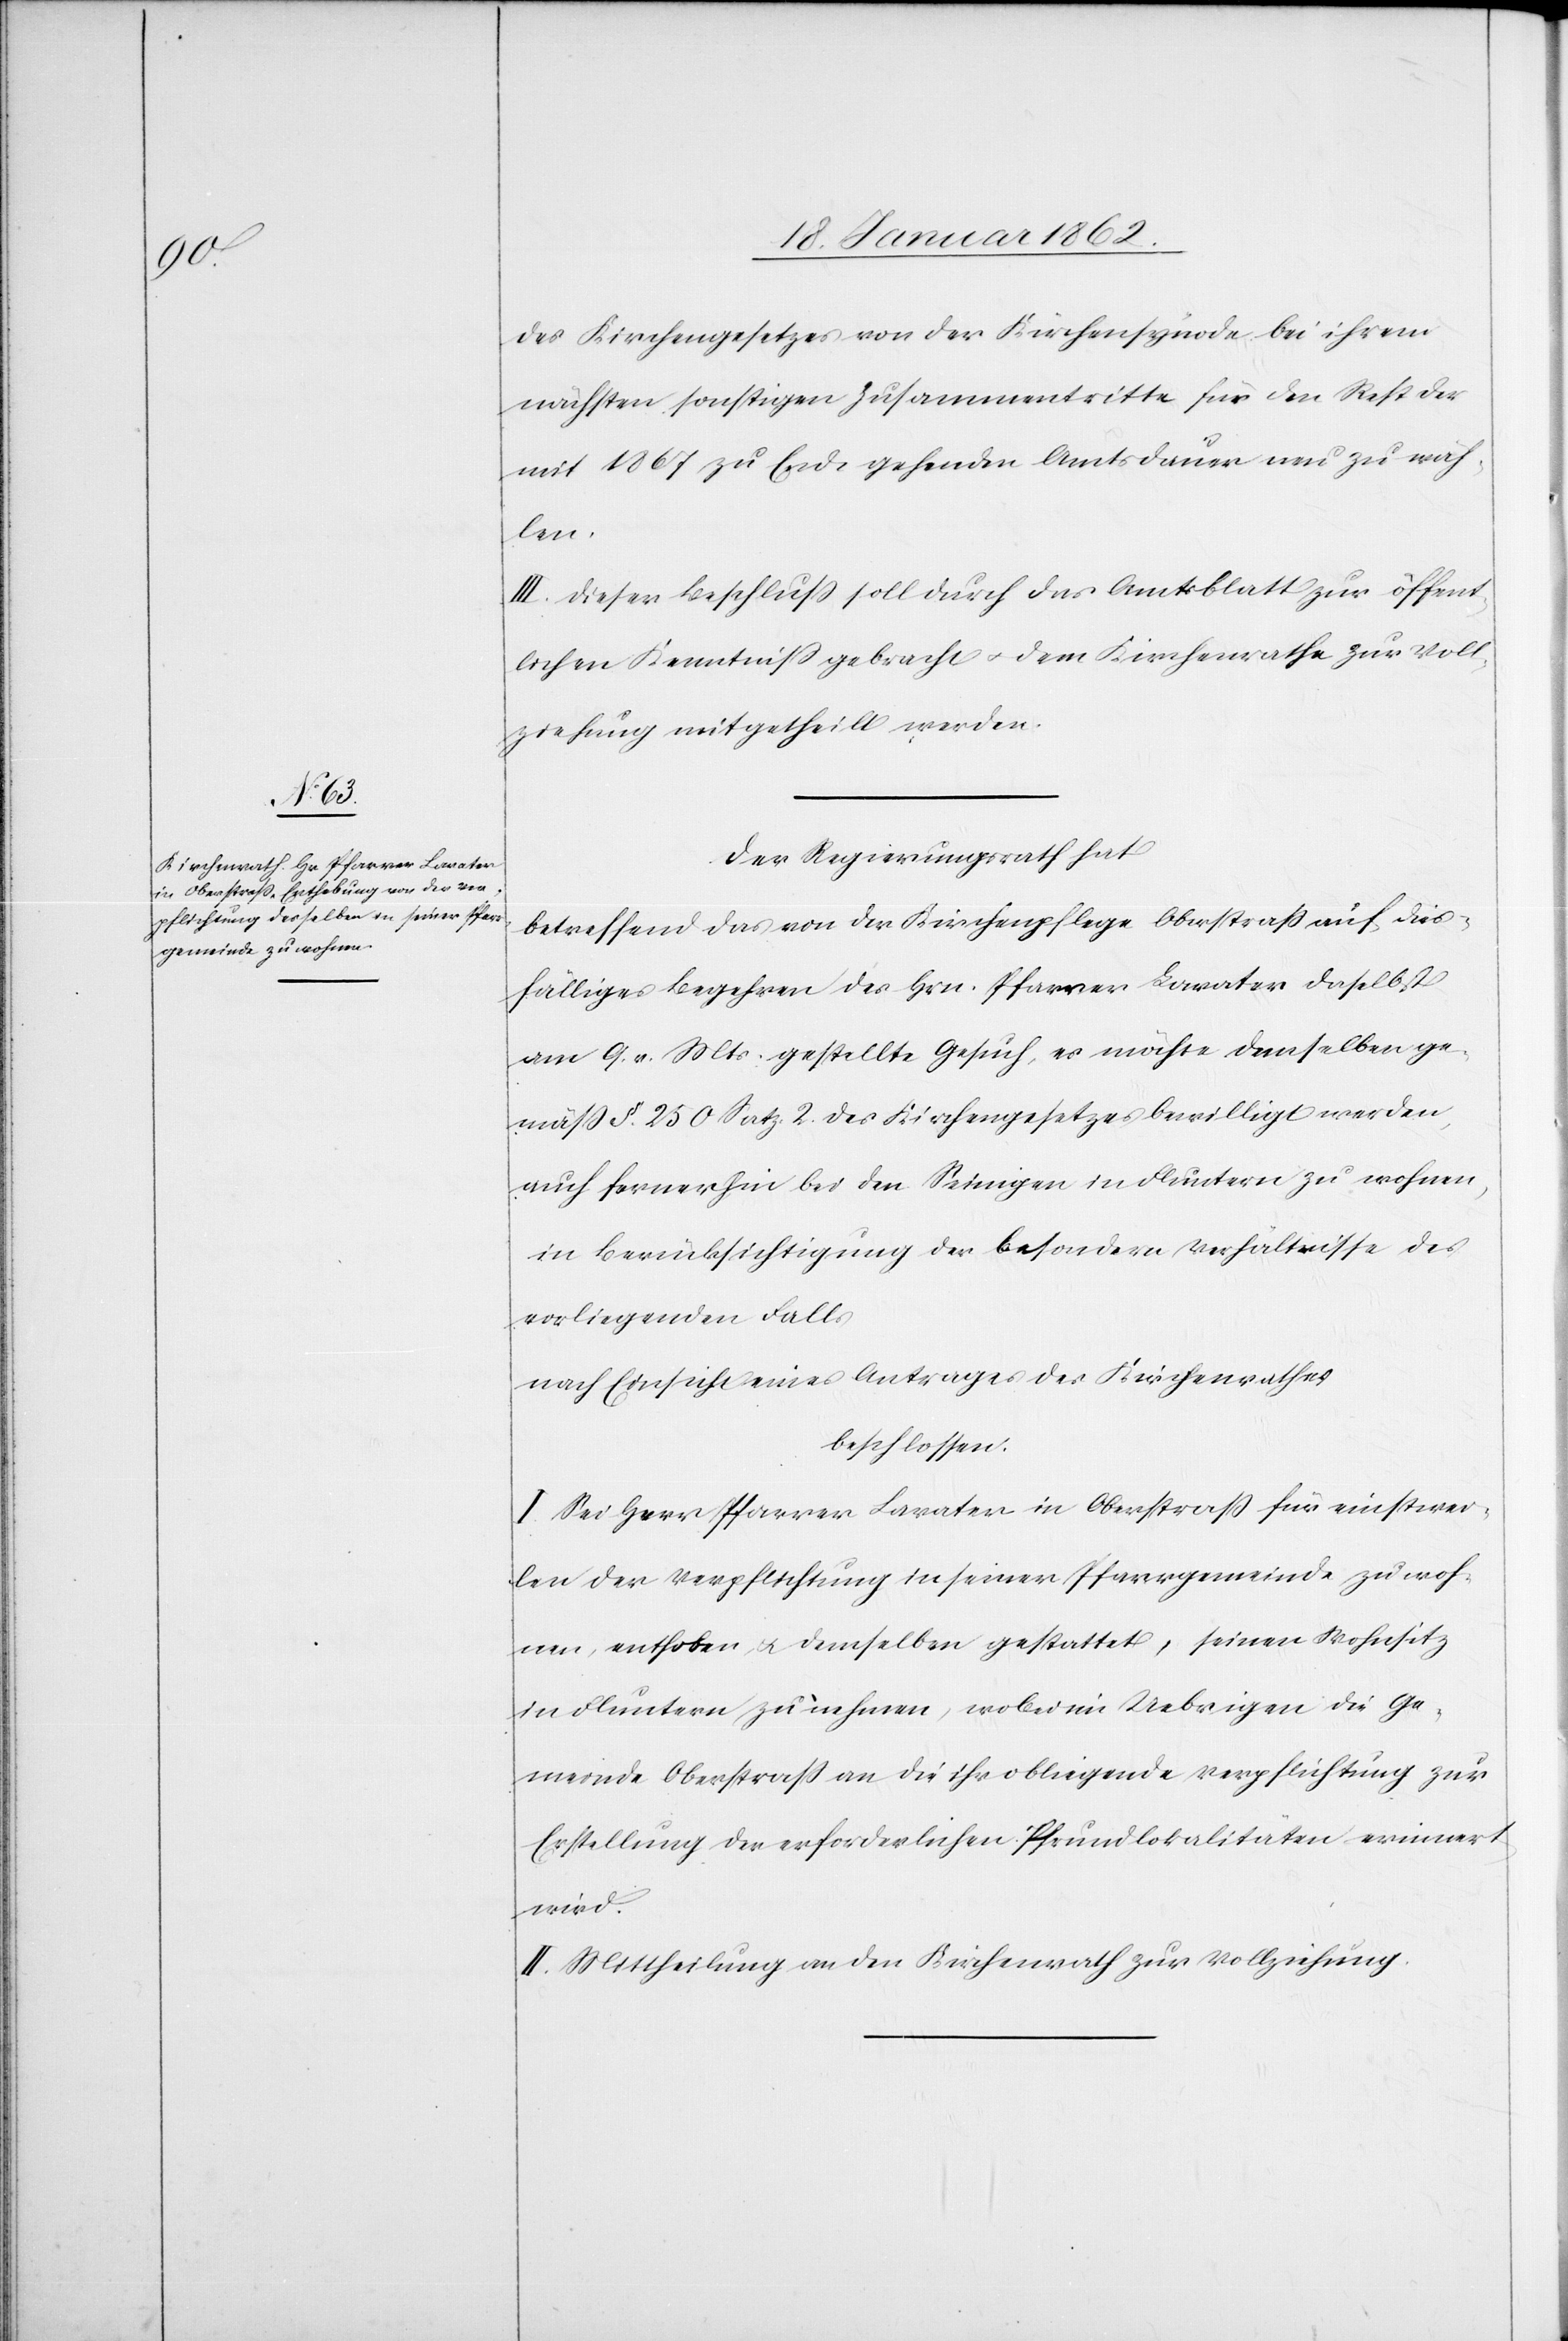
des Kirchengesetzes von der Kirchensynode bei ihrem
nächsten sonstigen Zusammentritte für den Rest der
mit 1867 zu Ende gehenden Amtsdauer neu zu wäh¬
len.
III. Dieser Beschluß soll durch das Amtsblatt zur öffent¬
lichen Kenntniß gebracht u. dem Kirchenrathe zur Voll¬
ziehung mitgetheilt werden.
Der Regierungsrath hat
betreffend das von der Kirchenpflege Oberstraß auf dies¬
fälliges Begehren des Hrn. Pfarrer Lavater daselbst
am 9. v. Mts. gestellte Gesuch, es möchte demselben ge¬
mäß §. 250 Satz 2. des Kirchengesetzes bewilligt werden,
auch fernerhin bei den Seinigen in Fluntern zu wohnen,
in Berücksichtigung der besondern Verhältnisse des
vorliegenden Falls
nach Einsicht eines Antrages des Kirchenrathes
beschlossen:
I. Sei Herr Pfarrer Lavater in Oberstraß für einstwei¬
len der Verpflichtung in seiner Pfarrgemeinde zu woh¬
nen, enthoben, u. demselben gestattet, seinen Wohnsitz
in Fluntern zu nehmen, wobei im Uebrigen die Ge¬
meinde Oberstraß an die ihr obliegende Verpflichtung zur
Erstellung der erforderlichen Pfrundlokalitäten erinnert
wird.
II. Mittheilung an den Kirchenrath zur Vollziehung.